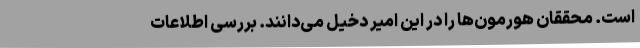
است. محققان هورمون‌ها را در این امیر دخیل می‌دانند. بررسی اطلاعات